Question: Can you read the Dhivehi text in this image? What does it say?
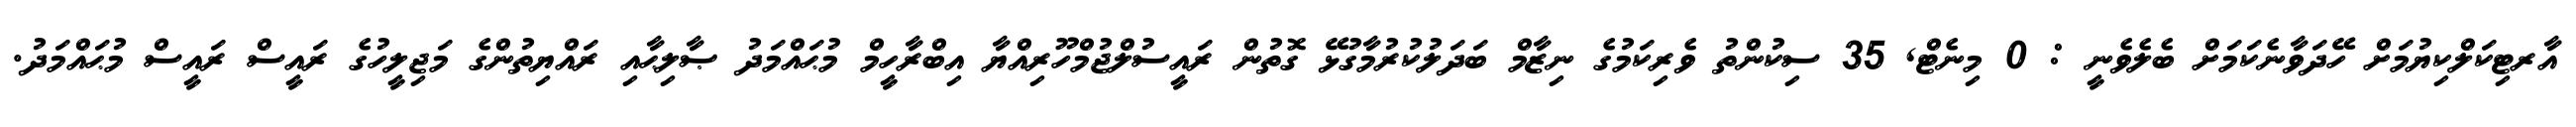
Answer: އާރޓިކަލްކިޔުމަށް ހޭދަވާނެކަމަށް ބެލެވެނީ : 0 މިނެޓް, 35 ސިކުންތު ވެރިކަމުގެ ނިޒާމް ބަދަލުކުރުމާގުޅޭ ގޮތުން ރައީސުލްޖުމްހޫރިއްޔާ އިބްރާހީމް މުޙައްމަދު ޞާލިޙާއި ރައްޔިތުންގެ މަޖިލީހުގެ ރައީސް ރައީސް މުޙައްމަދު.